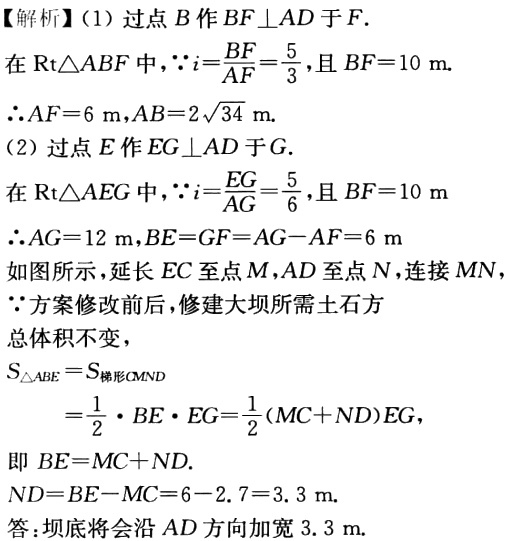
【解析】（1）过点\(B\)作\(BF\perp AD\)于\(F\).

在\(\text{Rt}\triangle ABF\)中，\(\because i = \frac{BF}{AF}=\frac{5}{3}\)，且\(BF = 10\mathrm{ m}\).

\(\therefore AF = 6\mathrm{ m}\)，\(AB = 2\sqrt{34}\mathrm{ m}\).

（2）过点\(E\)作\(EG\perp AD\)于\(G\).

在\(\text{Rt}\triangle AEG\)中，\(\because i=\frac{EG}{AG}=\frac{5}{6}\)，且\(BF = 10\mathrm{ m}\)

\(\therefore AG = 12\mathrm{ m}\)，\(BE = GF = AG - AF = 6\mathrm{ m}\)

如图所示，延长\(EC\)至点\(M\)，\(AD\)至点\(N\)，连接\(MN\)，

\(\because\)方案修改前后，修建大坝所需土石方

总体积不变，

\(S_{\triangle ABE}=S_{\text{梯形}CMND}\)

\(=\frac{1}{2}\cdot BE\cdot EG=\frac{1}{2}(MC + ND)EG\)，

即 \(BE = MC + ND\).

\(ND = BE - MC = 6 - 2.7 = 3.3\mathrm{ m}\).

答：坝底将会沿 \(AD\) 方向加宽 \(3.3\mathrm{ m}\).